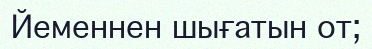
Йеменнен шығатын от;